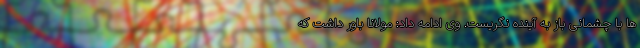
ها با چشمانی باز به آینده نگریست. وی ادامه داد: مولانا باور داشت که